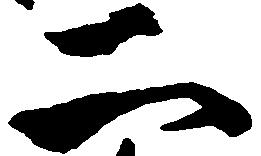
二